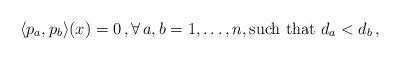
LaTeX: \begin{align*} \langle p_a,p_b\rangle(x)=0\,,\forall\, a,b=1,\ldots,n,\mbox{such that}\ d_a<d_b\,,\end{align*}